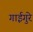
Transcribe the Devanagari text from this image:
गाईगुरे